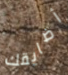
أضايقك